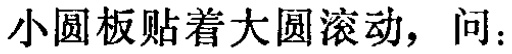
小圆板贴着大圆滚动，问：